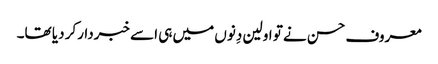
معروف حسن نے تو اولین دِنوں میں ہی اسے خبردارکر دیا تھا۔